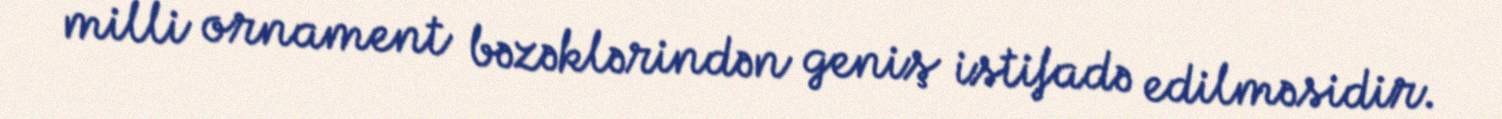
milli ornament bəzəklərindən geniş istifadə edilməsidir.